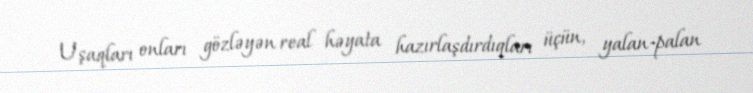
Uşaqları onları gözləyən real həyata hazırlaşdırdıqları üçün, yalan-palan